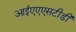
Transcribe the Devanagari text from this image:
आईएएएसटीडी